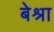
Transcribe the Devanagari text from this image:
बेश्रा